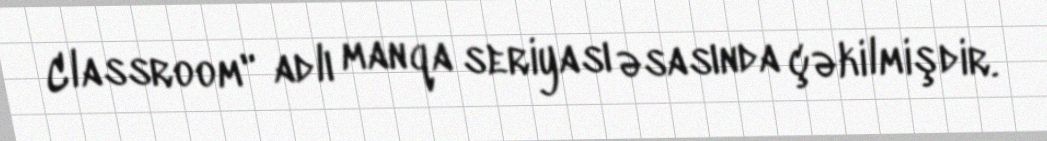
Classroom" adlı manqa seriyası əsasında çəkilmişdir.